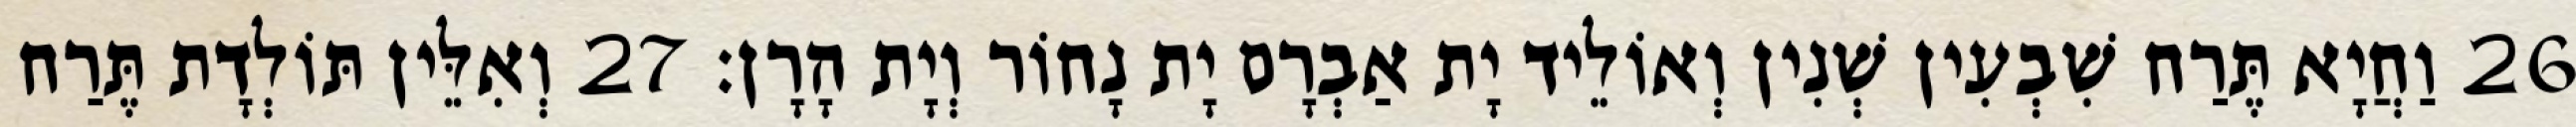
26 וַחֲיָא תֶּרַח שִׁבְעִין שְׁנִין וְאוֹלֵיד יָת אַבְרָם יָת נָחוֹר וְיָת הָרָן׃ 27 וְאִלֵּין תּוֹלְדָת תֶּרַח